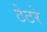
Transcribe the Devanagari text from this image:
टेटरे